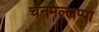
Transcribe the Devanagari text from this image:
चनमल्लप्पा